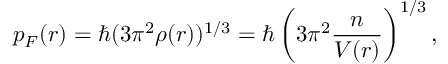
p _ { F } ( r ) = \hbar ( 3 \pi ^ { 2 } \rho ( r ) ) ^ { 1 / 3 } = \hbar \left( 3 \pi ^ { 2 } \frac { n } { V ( r ) } \right) ^ { 1 / 3 } ,